Senior Leaving Certificate Examination (including Day School Certificate (Higher) General paper), 1946
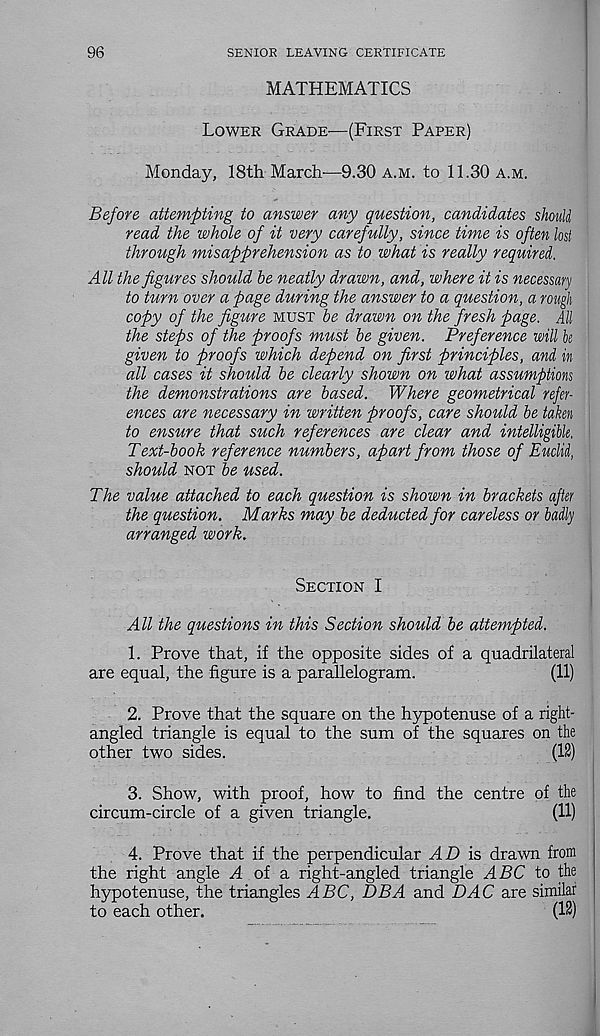
96
SENIOR LEAVING CERTIFICATE
MATHEMATICS
Lower Grade'—(First Paper)
Monday, 18th March-—9.30 a.m. to 11.30 a.m.
Before attempting to answer any question, candidates should
read the whole of it very carefully, since time is often lost
through misapprehension as to what is really required.
All the figures should be neatly drawn, and, where it is necessary
to turn over a page during the answer to a question, a rough
copy of the figure must be drawn on the fresh page. All
the steps of the proofs must be given. Preference will he
given to proofs which depend on first principles, and in
all cases it should be clearly shown on what assumptions
the demonstrations are based. Where geometrical refer-
ences are necessary in written proofs, care should be taken
to ensure that such references are clear and intelligible.
Text-book reference numbers, apart from those of Euclid,
should not be used.
The value attached to each question is shown in brackets after
the question. Marks may be deducted for careless or badly
arranged work.
Section I
All the questions in this Section should be attempted.
1. Prove that, if the opposite sides of a quadrilateral
are equal, the figure is a parallelogram.
(11)
2. Prove that the square on the hypotenuse of a right-
angled triangle is equal to the sum of the squares on the
other two sides.
(12)
3. Show, with proof, how to find the centre of the
circum-circle of a given triangle.
(11)
4. Prove that if the perpendicular AD is drawn from
the right angle A of a right-angled triangle ABC to the
hypotenuse, the triangles ABC, DBA and DAC are similar
to each other.
(12)